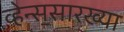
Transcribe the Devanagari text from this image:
व्हेन्स॒सारख्या